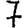
Digit: 7